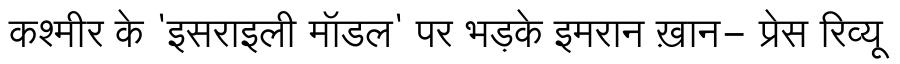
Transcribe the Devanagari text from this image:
कश्मीर के 'इसराइली मॉडल' पर भड़के इमरान ख़ान- प्रेस रिव्यू